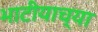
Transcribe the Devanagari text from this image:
भाटीयाच्या